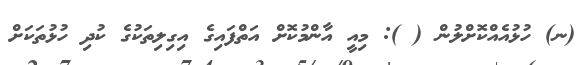
(ނ) ހުޅުއެއްކޮށްލުން ( ): މިއީ އާންމުކޮށް އަތްފައިގެ އިގިލިތަކުގެ ކުދި ހުޅުތަކަށް